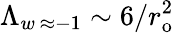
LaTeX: \Lambda_{w\, \approx-1}\sim 6/r_{\mathrm{{o}}}^{2}